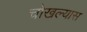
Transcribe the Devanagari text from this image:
चोखल्यास